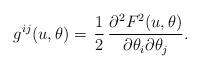
LaTeX: \begin{align*}g^{ij}(u,\theta)=\,\frac{1}{2}\,\frac{\partial^2 F^2(u,\theta)}{\partial \theta_i\partial \theta_j}.\end{align*}